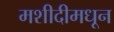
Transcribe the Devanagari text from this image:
मशीदीमधून